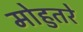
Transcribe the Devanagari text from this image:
मोहुतरे